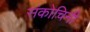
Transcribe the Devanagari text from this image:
संकोचिनी